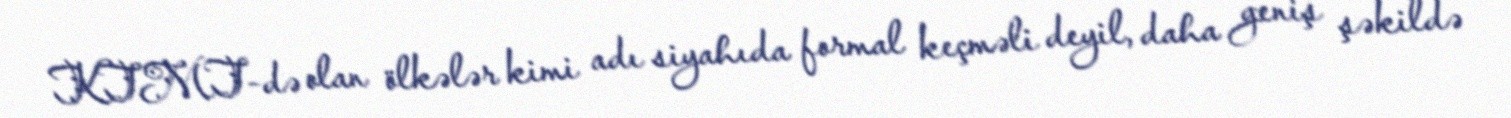
KTMT-də olan ölkələr kimi adı siyahıda formal keçməli deyil, daha geniş şəkildə